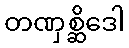
တဏှစ္ဆိဒေါ